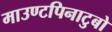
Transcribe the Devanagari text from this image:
माउण्टपिनाटुबो